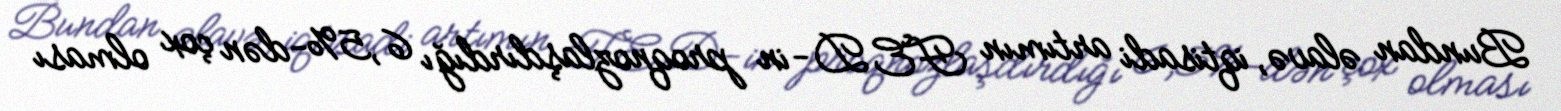
Bundan əlavə, iqtisadi artımın FED-in proqnozlaşdırdığı 6,5%-dən çox olması